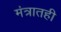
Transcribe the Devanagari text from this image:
मंत्रातही